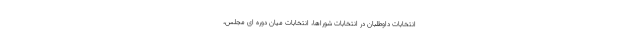
انتخابات داوطلبان در انتخابات شوراها، انتخابات میان دوره ای مجلس،